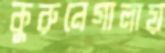
কুরুনেগালায়